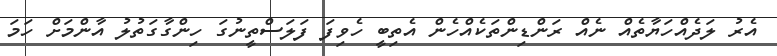
އެރު ލަދެއްހަޔާތެއް ނެއް ރަންޑިންތަކެއްހެން އެތިބީ ހެވިފަ ފަލަސްތީނުގަ ހިންގާގަތުލު އާންމަށް ހަމަ